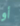
أو